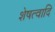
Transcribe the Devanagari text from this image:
शेषत्वादि